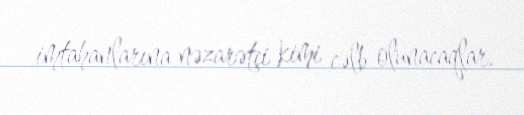
imtahanlarına nəzarətçi kimi cəlb olunacaqlar.